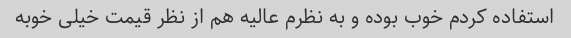
استفاده کردم خوب بوده و به نظرم عالیه هم از نظر قیمت خیلی خوبه